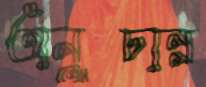
অনূঢান্ন